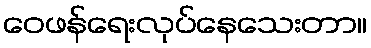
ဝေဖန်ရေးလုပ်နေသေးတာ။